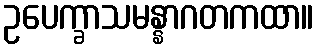
ဥပေက္ခာသမန္နာဂတကထာ။